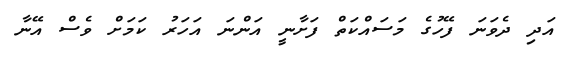
އަދި ދެވަނަ ފޭހުގެ މަސައްކަތް ފަށާނީ އަންނަ އަހަރު ކަމަށް ވެސް އޭނާ